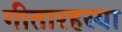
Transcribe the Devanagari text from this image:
गीतारहस्या